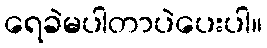
ရေခဲမပါတာပဲပေးပါ။